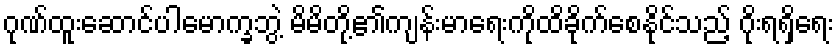
ဂုဏ်ထူးဆောင်ပါမောက္ခဘွဲ့ မိမိတို့၏ကျန်းမာရေးကိုထိခိုက်စေနိုင်သည့် ဂိုးရရှိရေး